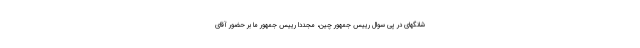
شانگهای در پی سوال رییس جمهور چین، مجددا رییس جمهور ما بر حضور آقای